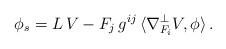
LaTeX: \begin{align*} \phi_s = L \, V - F_j \, g^{ij} \, \langle \nabla_{F_i}^{\perp} V , \phi \rangle \, . \end{align*}